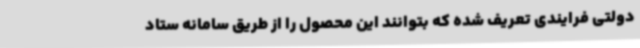
دولتی فرایندی تعریف شده که بتوانند این محصول را از طریق سامانه ستاد